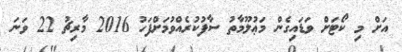
އަށް މި ކޯޓަށް ވަޑައިގެން މަޢުލޫމާތު ސާފުކުރެއްވުމަށްފަހު 2016 މާރިޗު 22 ވަނަ